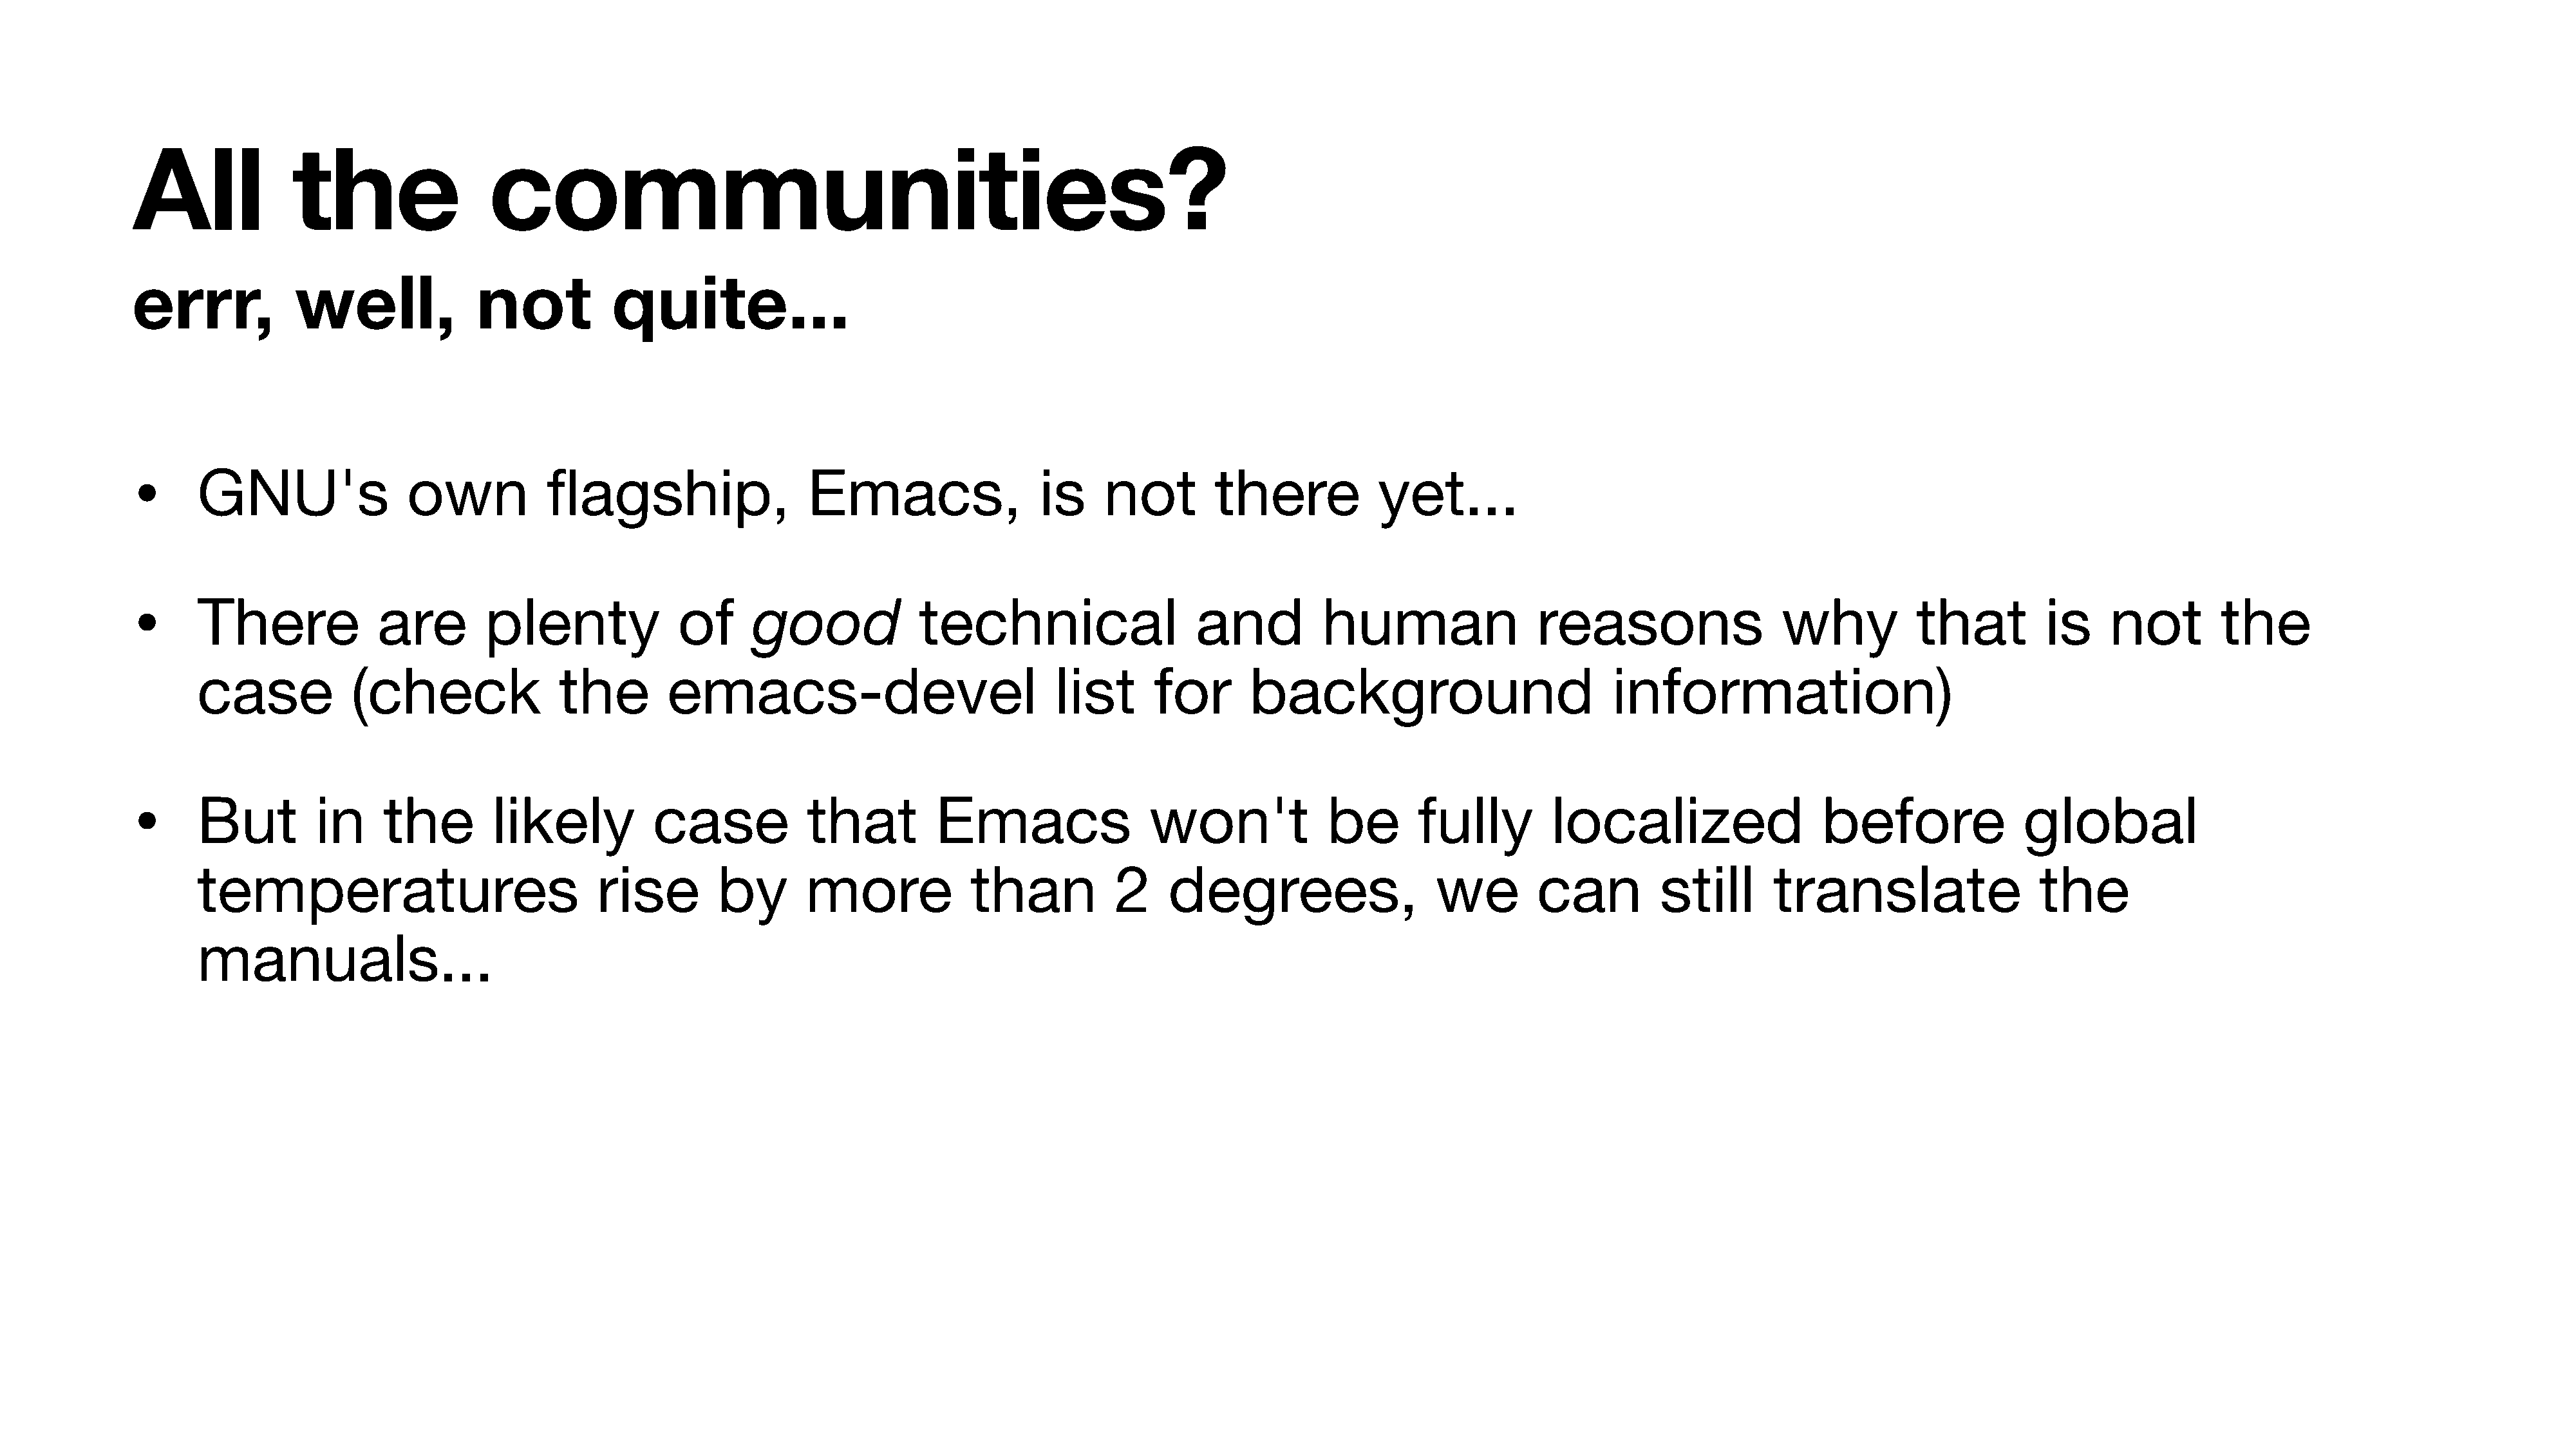
All             the                 communities?
 errr,           well,              not           quite...
 •
 GNU's                 own           flagship,                  Emacs,                  is    not         there            yet...
 •
 There              are        plenty              of     good             technical                    and          human                 reasons                  why           that         is     not        the
 case            (check               the         emacs-devel                            list       for      background                            information)
 •
 But         in     the         likely          case            that         Emacs                 won't             be        fully        localized                   before               global
 temperatures                             rise         by       more             than           2    degrees,                    we        can          still      translate                   the
 manuals...